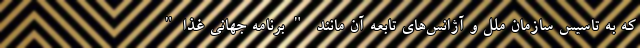
که به تاسیس سازمان ملل و آژانس‌های تابعه آن مانند "برنامه جهانی غذا"